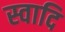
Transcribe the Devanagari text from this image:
स्वादि